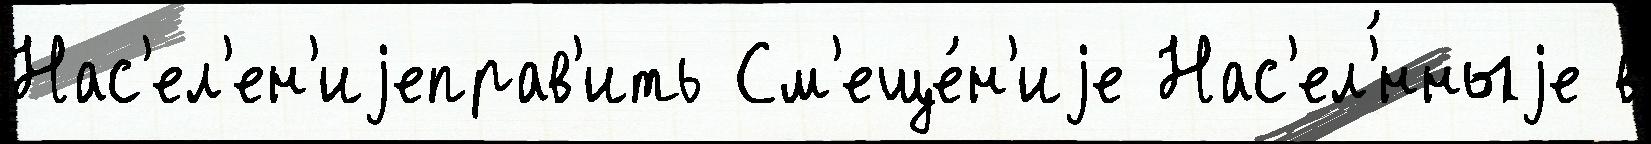
Нас'ел'ен'иjеправ'ить См'еще́н'иjе Нас'ел'́нныjе в